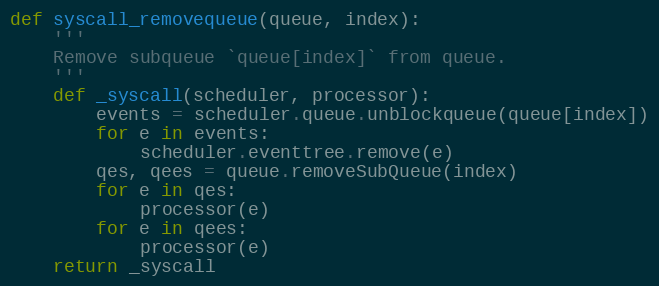
Language: Python
def syscall_removequeue(queue, index):
    '''
    Remove subqueue `queue[index]` from queue.
    '''
    def _syscall(scheduler, processor):
        events = scheduler.queue.unblockqueue(queue[index])
        for e in events:
            scheduler.eventtree.remove(e)
        qes, qees = queue.removeSubQueue(index)
        for e in qes:
            processor(e)
        for e in qees:
            processor(e)
    return _syscall